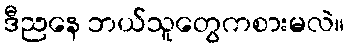
ဒီညနေ ဘယ်သူတွေကစားမလဲ။